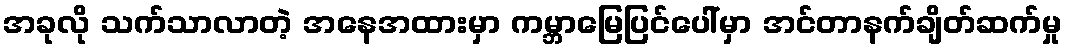
အခုလို သက်သာလာတဲ့ အနေအထားမှာ ကမ္ဘာမြေပြင်ပေါ်မှာ အင်တာနက်ချိတ်ဆက်မှု